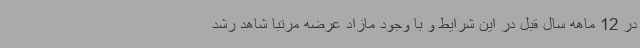
در 12 ماهه سال قبل در این شرایط و با وجود مازاد عرضه مرتباً شاهد رشد